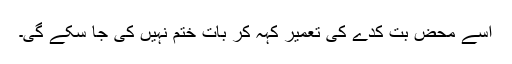
اسے محض بُت کدے کی تعمیر کہہ کر بات ختم نہیں کی جا سکے گی۔